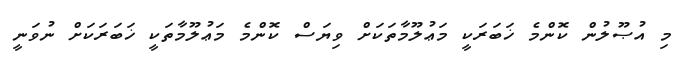
މި އުޞޫލުން ކޮންމެ ޚަބަރަކީ މަޢުލޫމާތަކަށް ވިޔަސް ކޮންމެ މަޢުލޫމާތަކީ ޚަބަރަކަށް ނުވަނީ